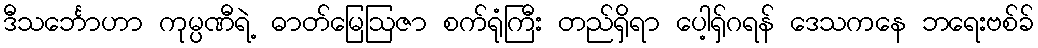
ဒီသင်္ဘောဟာ ကုမ္ပဏီရဲ့ ဓာတ်မြေဩဇာ စက်ရုံကြီး တည်ရှိရာ ပေါ့ရှ်ဂရန် ဒေသကနေ ဘရေးဗစ်ခ်